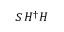
S \, H ^ { \dagger } H